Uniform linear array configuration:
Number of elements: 24
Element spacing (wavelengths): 1
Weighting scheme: hamming
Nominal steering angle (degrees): -15
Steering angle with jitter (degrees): -15.461
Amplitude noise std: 0.05
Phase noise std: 0.05

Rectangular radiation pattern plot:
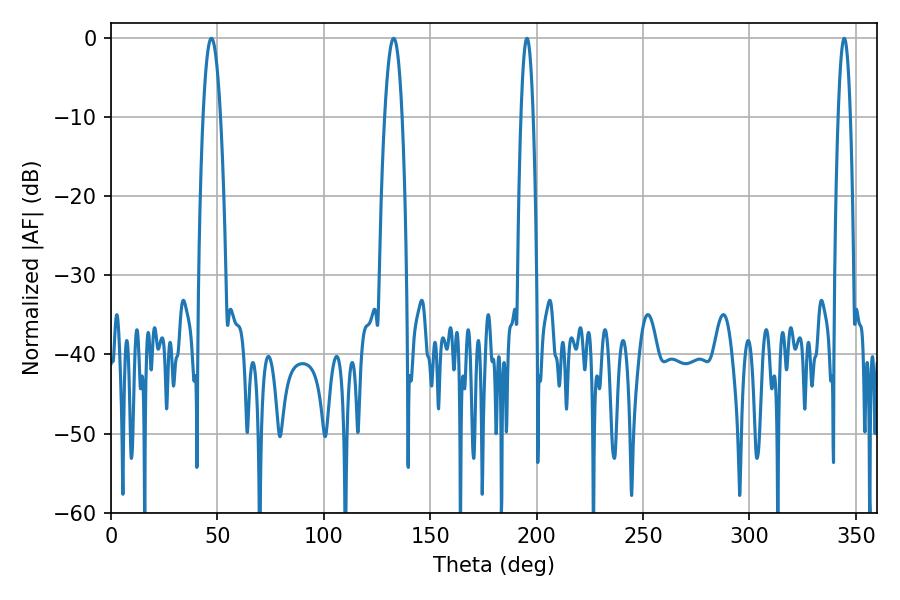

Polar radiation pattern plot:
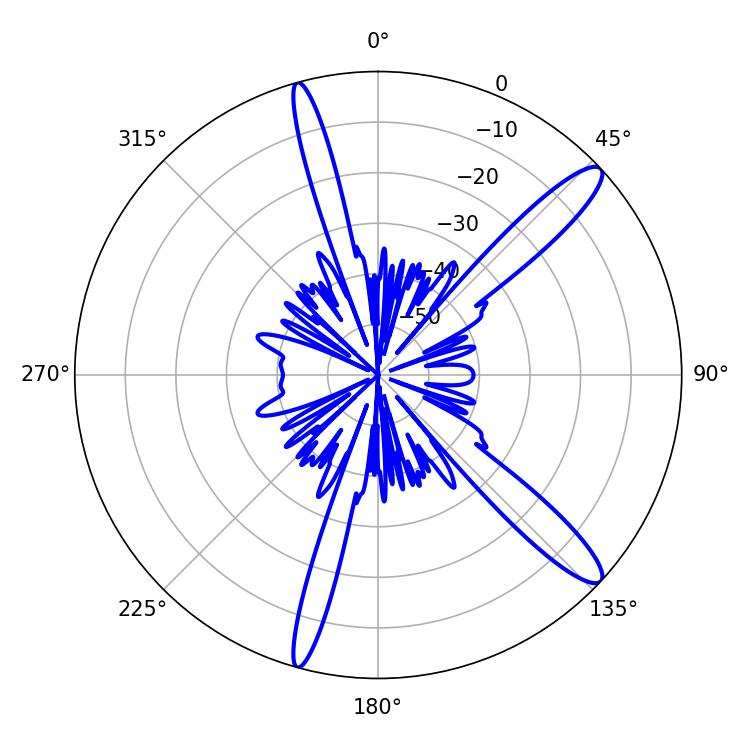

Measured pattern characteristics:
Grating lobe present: TRUE
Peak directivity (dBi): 13.312
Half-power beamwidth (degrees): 4.5
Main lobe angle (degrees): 47.16